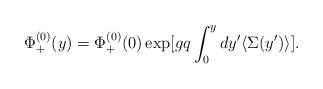
LaTeX: \begin{align*}\Phi^{(0)}_{+ }(y) =\Phi^{(0)}_{+ }(0)\exp [gq \int^y_0 dy' \langle \Sigma (y')\rangle ] .\end{align*}